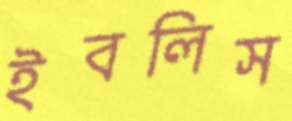
ইবলিস